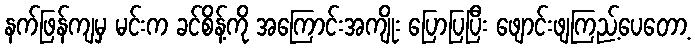
နက်ဖြန်ကျမှ မင်းက ခင်စိန့်ကို အကြောင်းအကျိုး ပြောပြပြီး ဖျောင်းဖျကြည့်ပေတော့